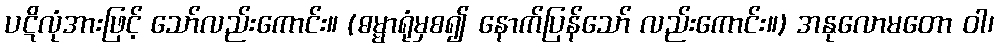
ပဋိလုံအားဖြင့် သော်လည်းကောင်း။ (ဓမ္မာရုံမှစ၍ နောက်ပြန်သော် လည်းကောင်း။) အနုလောမတော ဝါ၊